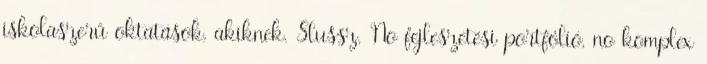
iskolaszerű oktatások, akiknek. Slussz. No fejleszetési portfólió, no komplex